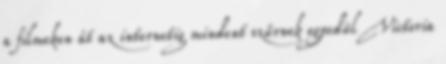
a filmeken át az internetig mindent szűrnek egyedül Victoria